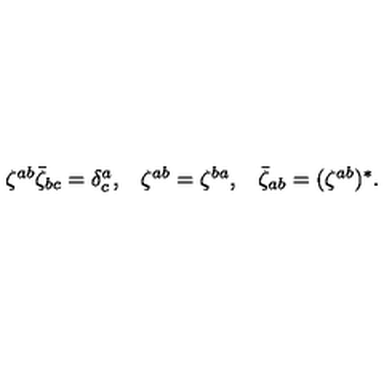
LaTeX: \begin{array} { c c c } { \zeta ^ { a b } \bar { \zeta } _ { b c } = \delta _ { c } ^ { a } , } & { \zeta ^ { a b } = \zeta ^ { b a } , } & { \bar { \zeta } _ { a b } = ( \zeta ^ { a b } ) ^ { \ast } . } \\ \end{array}